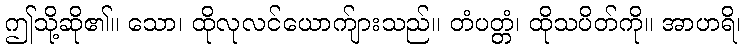
ဤသို့ဆို၏။ သော၊ ထိုလုလင်ယောက်ျားသည်။ တံပတ္တံ၊ ထိုသပိတ်ကို။ အာဟရိ၊